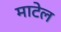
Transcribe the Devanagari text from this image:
माटेल